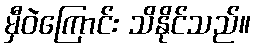
မှီဝဲကြောင်း သိနိုင်သည်။